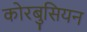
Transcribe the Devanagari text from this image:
कोरबुसियन